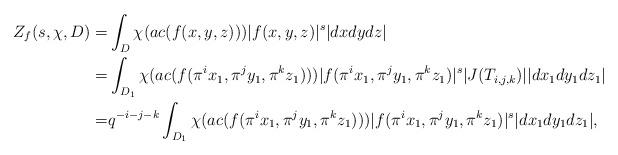
LaTeX: \begin{align*}Z_f(s, \chi, D)=&\int_{D}{\chi(ac (f(x, y, z)))|f(x, y, z)|^s|dxdydz|}\\=&\int_{D_1}{\chi(ac (f(\pi^ix_1, \pi^jy_1, \pi^kz_1)))|f(\pi^ix_1, \pi^jy_1, \pi^kz_1)|^s|J(T_{i,j,k})||dx_1dy_1dz_1|}\\=&q^{-i-j-k}\int_{D_1}{\chi(ac (f(\pi^ix_1, \pi^jy_1, \pi^kz_1)))|f(\pi^ix_1, \pi^jy_1, \pi^kz_1)|^s|dx_1dy_1dz_1|},\end{align*}